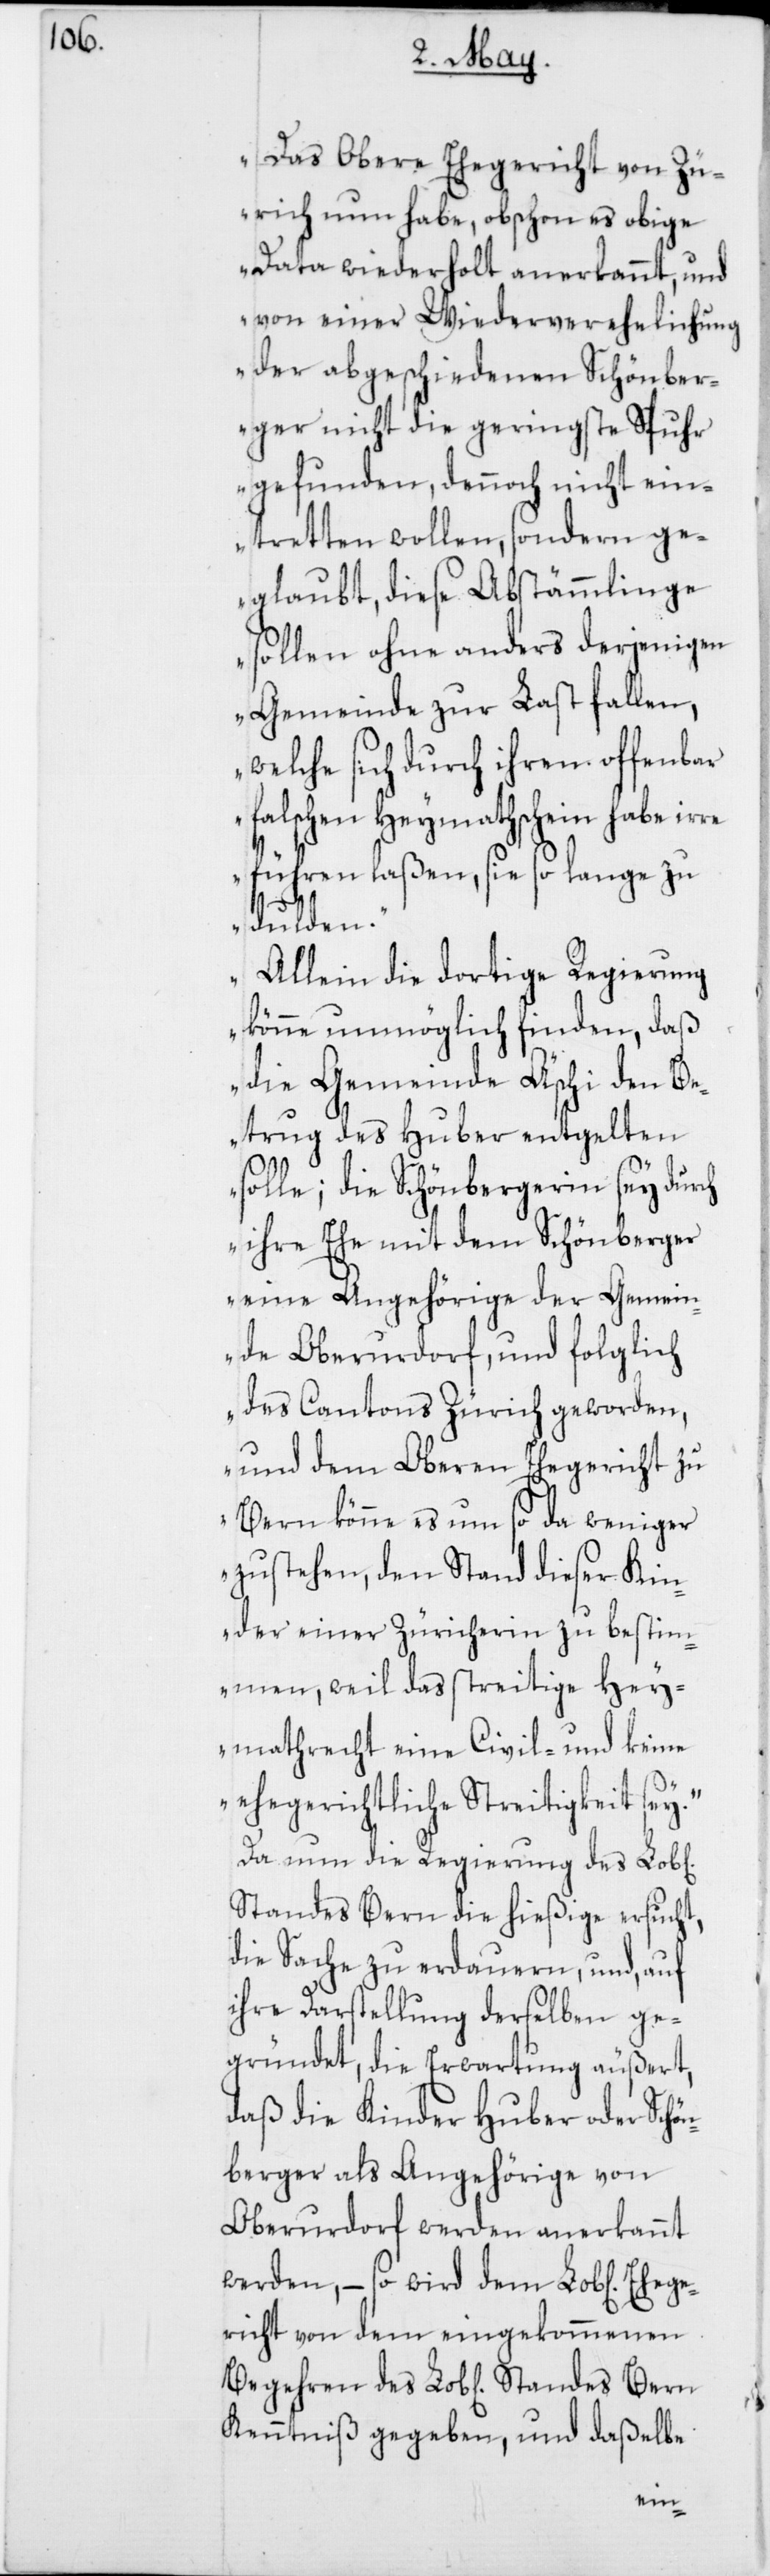
n] Ehege¬
Das Obere Ehegericht von Zü¬
rich nun habe, obschon es obige
Data wiederholt anerkannt, und
von einer Wiederverehelichung
der abgeschiedenen Schönber¬
ger nicht die geringste Spur
gefunden, dennoch nicht ein¬
tretten wollen, sondern ge¬
glaubt, diese Abstämmlinge
sollen ohne anders derjenigen
Gemeinde zur Last fallen,
welche sich durch ihren offenbar
falschen Heymathschein habe irre
führen laßen, sie so lange zu
dulden.
Allein die dortige Regierung
könne unmöglich finden, daß
die Gemeinde Äschi den Be¬
trug des Huber entgelten
solle; die Schönbergerin sey durch
ihre Ehe mit dem Schönberger
eine Angehörige der Gemein¬
de Oberurdorf, und folglich
des Cantons Zürich geworden,
und dem Oberen Ehegericht zu
Bern könne es um so da weniger
zustehen, den Stand dieser Kin¬
der einer Züricherin zu bestim¬
men, weil das streitige Hey¬
mathrecht eine Civil- und keine
ehegerichtliche Streitigkeit sey.“
Da nun die Regierung des Lob[li¬
Standes Bern die hießige ersucht,
die Sache zu erdauern, und, auf
ihre Darstellung derselben ge¬
gründet, die Erwartung äußert,
daß die Kinder Huber oder Schö¬
nberger als Angehörige von
Oberurdorf werden anerkannt
werden, – so wird dem Lob[liche¬
richt von dem eingekommenen
Kenntniß gegeben, und daßelbe
chen]